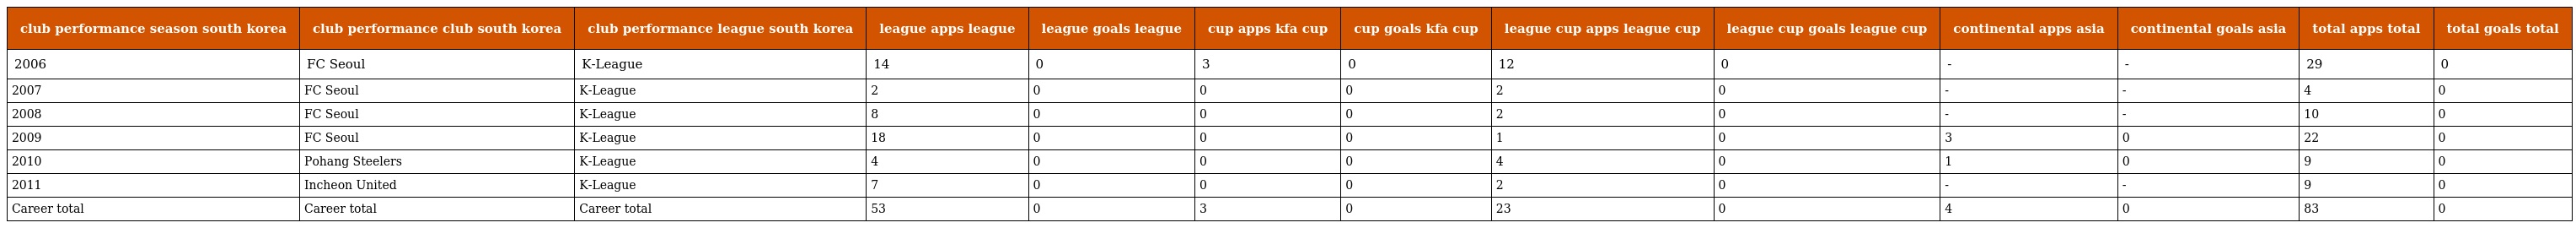
| club performance season south korea | club performance club south korea | club performance league south korea | league apps league | league goals league | cup apps kfa cup | cup goals kfa cup | league cup apps league cup | league cup goals league cup | continental apps asia | continental goals asia | total apps total | total goals total |
 | --- | --- | --- | --- | --- | --- | --- | --- | --- | --- | --- | --- | --- |
 | 2006 | FC Seoul | K-League | 14 | 0 | 3 | 0 | 12 | 0 | - | - | 29 | 0 |
 | 2007 | FC Seoul | K-League | 2 | 0 | 0 | 0 | 2 | 0 | - | - | 4 | 0 |
 | 2008 | FC Seoul | K-League | 8 | 0 | 0 | 0 | 2 | 0 | - | - | 10 | 0 |
 | 2009 | FC Seoul | K-League | 18 | 0 | 0 | 0 | 1 | 0 | 3 | 0 | 22 | 0 |
 | 2010 | Pohang Steelers | K-League | 4 | 0 | 0 | 0 | 4 | 0 | 1 | 0 | 9 | 0 |
 | 2011 | Incheon United | K-League | 7 | 0 | 0 | 0 | 2 | 0 | - | - | 9 | 0 |
 | Career total | Career total | Career total | 53 | 0 | 3 | 0 | 23 | 0 | 4 | 0 | 83 | 0 |